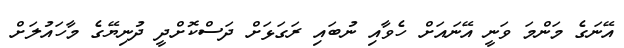
އޭނަގެ މަންމަ ވަނީ އޭނައަށް ހެވާއި ނުބައި ރަގަޅަށް ދަސްކޮށްދީ ދުނިޔޭގެ މާހައުލަށް